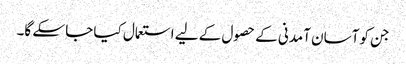
جن کو آسان آمدنی کے حصول کے لیے استعمال کیا جا سکے گا۔